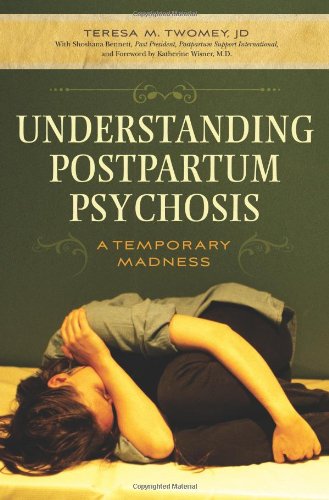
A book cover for Understanding Postpartum Psychosis: A Temporary Madness; Teresa M. Twomey; Health, Fitness & Dieting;